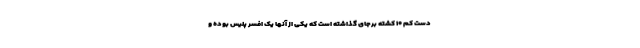
دست کم ۱۰ کشته برجای گذاشته است که یکی از آنها یک افسر پلیس بوده و